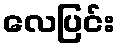
လေပြင်း